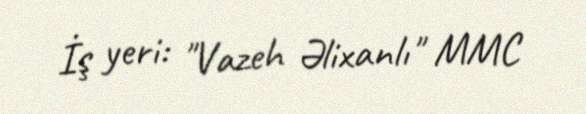
İş yeri: "Vazeh Əlixanlı" MMC